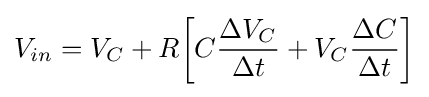
V_{in}=V_{C}+R{\bigg [}C{\frac {\Delta V_{C}}{\Delta t}}+V_{C}{\frac {\Delta C}{\Delta t}}{\bigg ]}